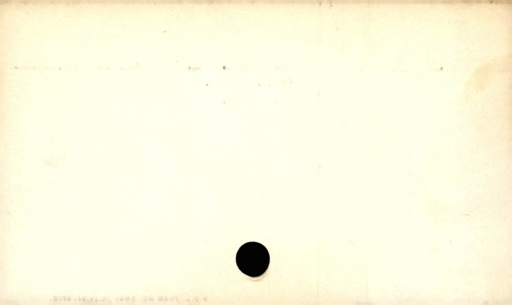
Label: blank